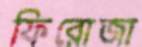
ফিরোজা